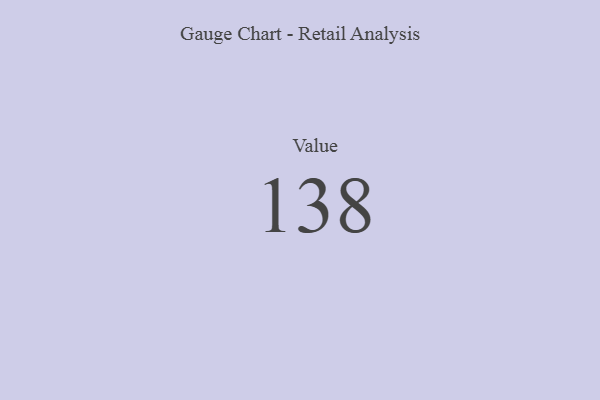
{"axis": {"x": "Metric", "y": "Value"}, "legend": [""], "data": [{"x": "Value", "y": 138, "type": ""}]}